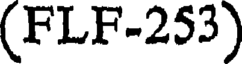
(FLF-253)